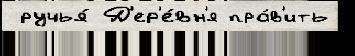
 ручья́ Д'ер'е́вн'я пра́в'ить